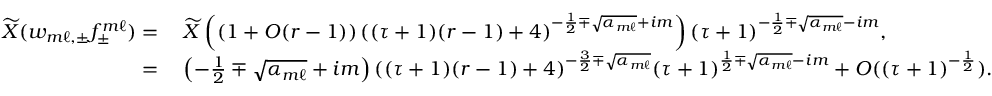
\begin{array} { r l } { \widetilde { X } ( w _ { m \ell , \pm } f _ { \pm } ^ { m \ell } ) = } & { \: \widetilde { X } \left( ( 1 + O ( r - 1 ) ) \left( ( \tau + 1 ) ( r - 1 ) + 4 \right) ^ { - \frac { 1 } { 2 } \mp \sqrt { \alpha _ { m \ell } } + i m } \right) ( \tau + 1 ) ^ { - \frac { 1 } { 2 } \mp \sqrt { \alpha _ { m \ell } } - i m } , } \\ { = } & { \: \left( - \frac { 1 } { 2 } \mp \sqrt { \alpha _ { m \ell } } + i m \right) ( ( \tau + 1 ) ( r - 1 ) + 4 ) ^ { - \frac { 3 } { 2 } \mp \sqrt { \alpha _ { m \ell } } } ( \tau + 1 ) ^ { \frac { 1 } { 2 } \mp \sqrt { \alpha _ { m \ell } } - i m } + O ( ( \tau + 1 ) ^ { - \frac { 1 } { 2 } } ) . } \end{array}